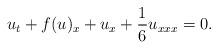
LaTeX: \begin{align*}u_{t} + f(u)_{x} + u_{x} + \frac{1}{6}u_{xxx} = 0.\end{align*}